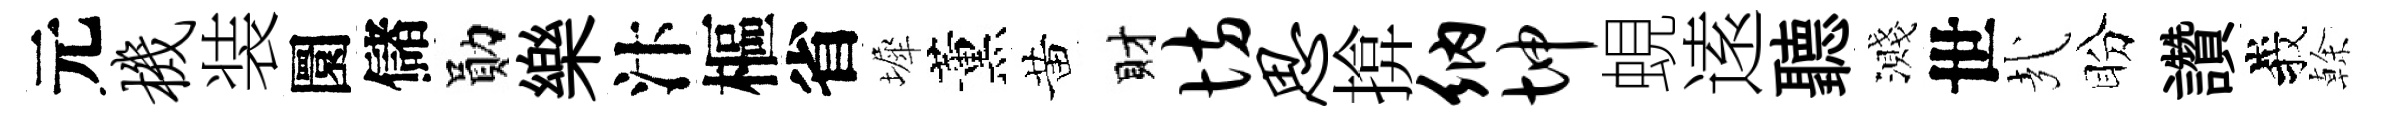
元机装圜儲勛樂汴樞省墀薰黄財坊思揜纳坤蜆逺聽濺世㢤盼讚峩𠏉